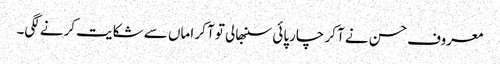
معروف حسن نے آ کر چارپائی سنبھالی تو آ کر اماں سے شکایت کرنے لگی۔